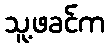
သူ့ဖခင်က